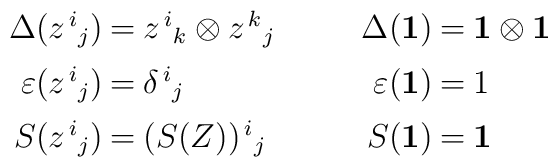
\begin{array}{r@{\: = \:}l@{\qquad\ \ }r@{\: = \:}l}\Delta(z^{\,i}{}_j) & z^{\,i}{}_k \otimes z^{\,k}{}_j  &\Delta({\bf 1}) & {\bf 1} \otimes {\bf 1} \\ [1ex]\varepsilon(z^{\,i}{}_j) &  \delta^{\,i}{}_j &\varepsilon({\bf 1}) & 1   \\[1ex]S(z^{\,i}{}_j) & (S(Z))^{\,i}{}_j & S({\bf 1}) &{\bf 1}\end{array}